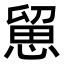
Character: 𢞭